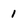
Character: 1